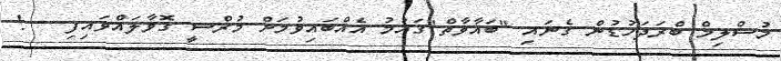
މުސްލިމް ބްރަދަހުޑުން ގެނައި "ބަޣާވާތް"ގައުމު އެއްބައިވުމަށް މުރްސީ ގޮވާލައްވައިފި   !